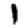
Digit: 1